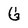
Character: G